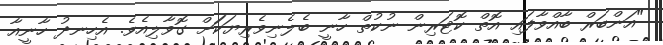
"އަންބަރް ބާއްވާފައި އޮތް ކޮޓަރިން ނުކުތް ހާނީ ބެލެނިވެރިޔަކަަށް ގޮވާލިއެވެ. އެހިނދު ހާނީއާ